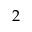
2